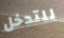
للتدخل